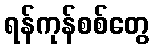
ရန်ကုန်စစ်တွေ